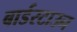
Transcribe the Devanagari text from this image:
बार्डरटाउन